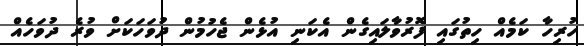
ހުރިހާ ކަމެއް ހިތުގައި ފޮރުވާލައިގެން އެކަނި އުޅެން ޖެހުމުން ދުވަހަކަށް ވުރެ ދުވަހެއް